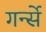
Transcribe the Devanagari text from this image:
गर्न्से